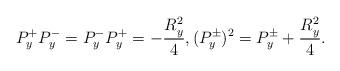
LaTeX: \begin{align*}P_y^+P_y^-=P_y^-P_y^+=-\frac{R_y^2}{4},(P_y^\pm)^2=P_y^\pm+\frac{R_y^2}{4}.\end{align*}